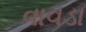
વાવડા